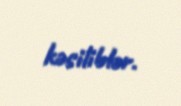
kəsiliblər.